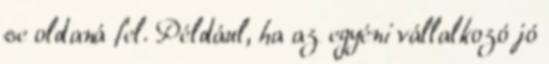
se oldaná fel. Például, ha az egyéni vállalkozó jó